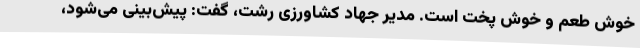
خوش طعم و خوش پخت است. مدیر جهاد کشاورزی رشت، گفت: پیش‌بینی می‌شود،